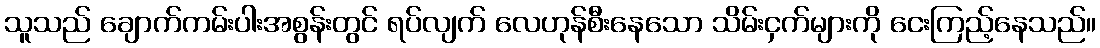
သူသည် ချောက်ကမ်းပါးအစွန်းတွင် ရပ်လျက် လေဟုန်စီးနေသော သိမ်းငှက်များကို ငေးကြည့်နေသည်။